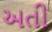
અતી